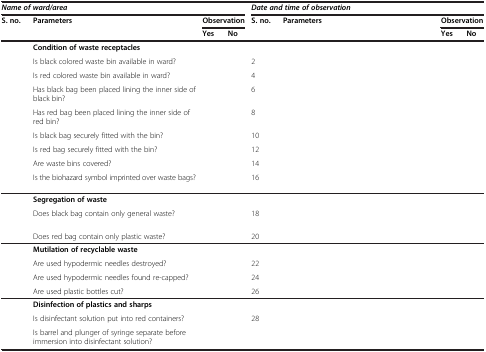
<table><thead><tr><td colspan="4"><b><i>Name of ward/area</i></b></td><td colspan="4"><b><i>Date and time of observation</i></b></td></tr><tr><td rowspan="2"><b>S. no.</b></td><td rowspan="2"><b>Parameters</b></td><td colspan="2"><b>Observation</b></td><td rowspan="2"><b>S. no.</b></td><td rowspan="2"><b>Parameters</b></td><td colspan="2"><b>Observation</b></td></tr><tr><td><b>Yes</b></td><td><b>No</b></td><td><b>Yes</b></td><td><b>No</b></td></tr></thead><tbody><tr><td>[EMPTY_CELL]</td><td><b>Condition of waste receptacles</b></td><td>[EMPTY_CELL]</td><td>[EMPTY_CELL]</td><td>[EMPTY_CELL]</td><td>[EMPTY_CELL]</td><td>[EMPTY_CELL]</td><td>[EMPTY_CELL]</td></tr><tr><td>[EMPTY_CELL]</td><td>Is black colored waste bin available in ward?</td><td>[EMPTY_CELL]</td><td>[EMPTY_CELL]</td><td>2</td><td>[EMPTY_CELL]</td><td>[EMPTY_CELL]</td><td>[EMPTY_CELL]</td></tr><tr><td>[EMPTY_CELL]</td><td>Is red colored waste bin available in ward?</td><td>[EMPTY_CELL]</td><td>[EMPTY_CELL]</td><td>4</td><td>[EMPTY_CELL]</td><td>[EMPTY_CELL]</td><td>[EMPTY_CELL]</td></tr><tr><td>[EMPTY_CELL]</td><td>Has black bag been placed lining the inner side of black bin?</td><td>[EMPTY_CELL]</td><td>[EMPTY_CELL]</td><td>6</td><td>[EMPTY_CELL]</td><td>[EMPTY_CELL]</td><td>[EMPTY_CELL]</td></tr><tr><td>[EMPTY_CELL]</td><td>Has red bag been placed lining the inner side of red bin?</td><td>[EMPTY_CELL]</td><td>[EMPTY_CELL]</td><td>8</td><td>[EMPTY_CELL]</td><td>[EMPTY_CELL]</td><td>[EMPTY_CELL]</td></tr><tr><td>[EMPTY_CELL]</td><td>Is black bag securely fitted with the bin?</td><td>[EMPTY_CELL]</td><td>[EMPTY_CELL]</td><td>10</td><td>[EMPTY_CELL]</td><td>[EMPTY_CELL]</td><td>[EMPTY_CELL]</td></tr><tr><td>[EMPTY_CELL]</td><td>Is red bag securely fitted with the bin?</td><td>[EMPTY_CELL]</td><td>[EMPTY_CELL]</td><td>12</td><td>[EMPTY_CELL]</td><td>[EMPTY_CELL]</td><td>[EMPTY_CELL]</td></tr><tr><td>[EMPTY_CELL]</td><td>Are waste bins covered?</td><td>[EMPTY_CELL]</td><td>[EMPTY_CELL]</td><td>14</td><td>[EMPTY_CELL]</td><td>[EMPTY_CELL]</td><td>[EMPTY_CELL]</td></tr><tr><td>[EMPTY_CELL]</td><td>Is the biohazard symbol imprinted over waste bags?</td><td>[EMPTY_CELL]</td><td>[EMPTY_CELL]</td><td>16</td><td>[EMPTY_CELL]</td><td>[EMPTY_CELL]</td><td>[EMPTY_CELL]</td></tr><tr><td>[EMPTY_CELL]</td><td><b>Segregation of waste</b></td><td>[EMPTY_CELL]</td><td>[EMPTY_CELL]</td><td>[EMPTY_CELL]</td><td>[EMPTY_CELL]</td><td>[EMPTY_CELL]</td><td>[EMPTY_CELL]</td></tr><tr><td>[EMPTY_CELL]</td><td>Does black bag contain only general waste?</td><td>[EMPTY_CELL]</td><td>[EMPTY_CELL]</td><td>18</td><td>[EMPTY_CELL]</td><td>[EMPTY_CELL]</td><td>[EMPTY_CELL]</td></tr><tr><td>[EMPTY_CELL]</td><td>Does red bag contain only plastic waste?</td><td>[EMPTY_CELL]</td><td>[EMPTY_CELL]</td><td>20</td><td>[EMPTY_CELL]</td><td>[EMPTY_CELL]</td><td>[EMPTY_CELL]</td></tr><tr><td>[EMPTY_CELL]</td><td><b>Mutilation of recyclable waste</b></td><td>[EMPTY_CELL]</td><td>[EMPTY_CELL]</td><td>[EMPTY_CELL]</td><td>[EMPTY_CELL]</td><td>[EMPTY_CELL]</td><td>[EMPTY_CELL]</td></tr><tr><td>[EMPTY_CELL]</td><td>Are used hypodermic needles destroyed?</td><td>[EMPTY_CELL]</td><td>[EMPTY_CELL]</td><td>22</td><td>[EMPTY_CELL]</td><td>[EMPTY_CELL]</td><td>[EMPTY_CELL]</td></tr><tr><td>[EMPTY_CELL]</td><td>Are used hypodermic needles found re-capped?</td><td>[EMPTY_CELL]</td><td>[EMPTY_CELL]</td><td>24</td><td>[EMPTY_CELL]</td><td>[EMPTY_CELL]</td><td>[EMPTY_CELL]</td></tr><tr><td>[EMPTY_CELL]</td><td>Are used plastic bottles cut?</td><td>[EMPTY_CELL]</td><td>[EMPTY_CELL]</td><td>26</td><td>[EMPTY_CELL]</td><td>[EMPTY_CELL]</td><td>[EMPTY_CELL]</td></tr><tr><td>[EMPTY_CELL]</td><td><b>Disinfection of plastics and sharps</b></td><td>[EMPTY_CELL]</td><td>[EMPTY_CELL]</td><td>[EMPTY_CELL]</td><td>[EMPTY_CELL]</td><td>[EMPTY_CELL]</td><td>[EMPTY_CELL]</td></tr><tr><td>[EMPTY_CELL]</td><td>Is disinfectant solution put into red containers?</td><td>[EMPTY_CELL]</td><td>[EMPTY_CELL]</td><td>28</td><td>[EMPTY_CELL]</td><td>[EMPTY_CELL]</td><td>[EMPTY_CELL]</td></tr><tr><td>[EMPTY_CELL]</td><td>Is barrel and plunger of syringe separate before immersion into disinfectant solution?</td><td>[EMPTY_CELL]</td><td>[EMPTY_CELL]</td><td>[EMPTY_CELL]</td><td>[EMPTY_CELL]</td><td>[EMPTY_CELL]</td><td>[EMPTY_CELL]</td></tr></tbody></table>